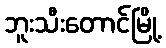
ဘူးသီးတောင်မြို့